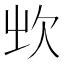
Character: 𣢑